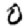
Digit: 0